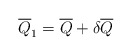
\begin{align*}\overline{Q}_1=\overline{Q}+\delta \overline{Q}\end{align*}